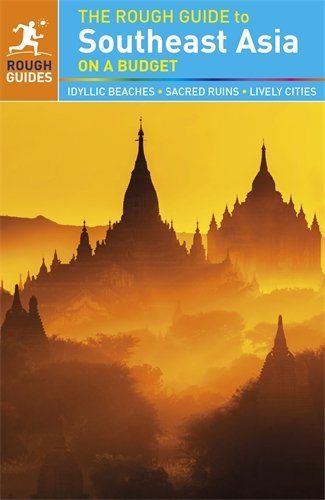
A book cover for The Rough Guide to Southeast Asia On A Budget; Rough Guides; Travel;